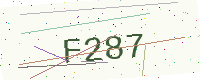
Text: F287